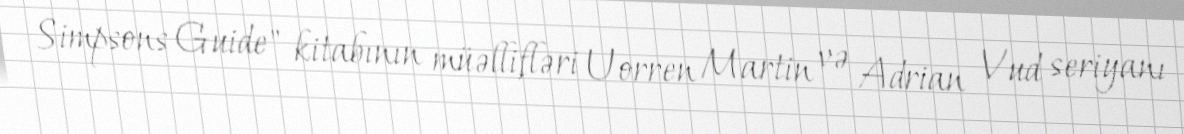
Simpsons Guide" kitabının müəllifləri Uorren Martin və Adrian Vud seriyanı